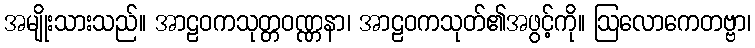
အမျိုးသားသည်။ အာဠဝကသုတ္တဝဏ္ဏနာ၊ အာဠဝကသုတ်၏အဖွင့်ကို။ ဩလောကေတဗ္ဗာ၊